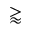
\gtrapprox